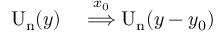
\begin{array} { r l } { \mathrm { U _ { n } } ( y ) } & { { } \overset { x _ { 0 } } { \Longrightarrow } \mathrm { U _ { n } } ( y - y _ { 0 } ) } \end{array}